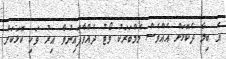
އެ ބިލާ ދެކޮޅަށް އެއްވެސް މެމްބަރަކު ވޯޓު ދެއްވާފައިނުވާ އިރު ވަކި ކޮޅަކަށް